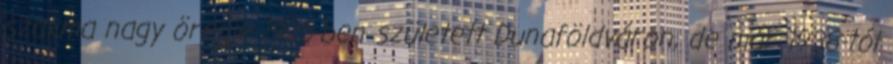
szakma nagy öregje 1925-ben született Dunaföldváron, de már 1938-tól